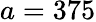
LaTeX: a=375